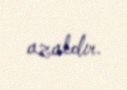
azaldır.